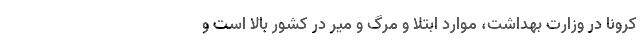
کرونا در وزارت بهداشت، موارد ابتلا و مرگ و میر در کشور بالا است و